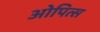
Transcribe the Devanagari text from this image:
ओपित्स